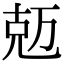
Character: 𠒐